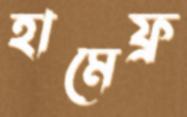
হামেফ্র